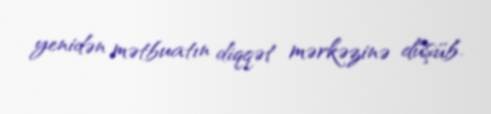
yenidən mətbuatın diqqət mərkəzinə düşüb.